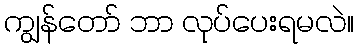
ကျွန်တော် ဘာ လုပ်ပေးရမလဲ။